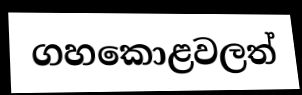
ගහකොළවලත්